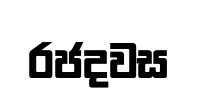
රජදවස